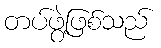
တပ်ဖွဲ့ဖြစ်သည်